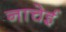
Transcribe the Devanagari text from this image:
नाचेई